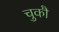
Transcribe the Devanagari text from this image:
चुकौ